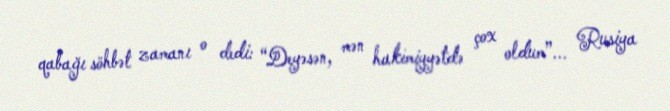
qabağı söhbət zamanı o dedi: “Deyəsən, mən hakimiyyətdə çox oldum”... Rusiya